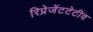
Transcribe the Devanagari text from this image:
रिप्रेजेंटटेटीव